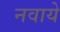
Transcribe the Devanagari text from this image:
नवाये